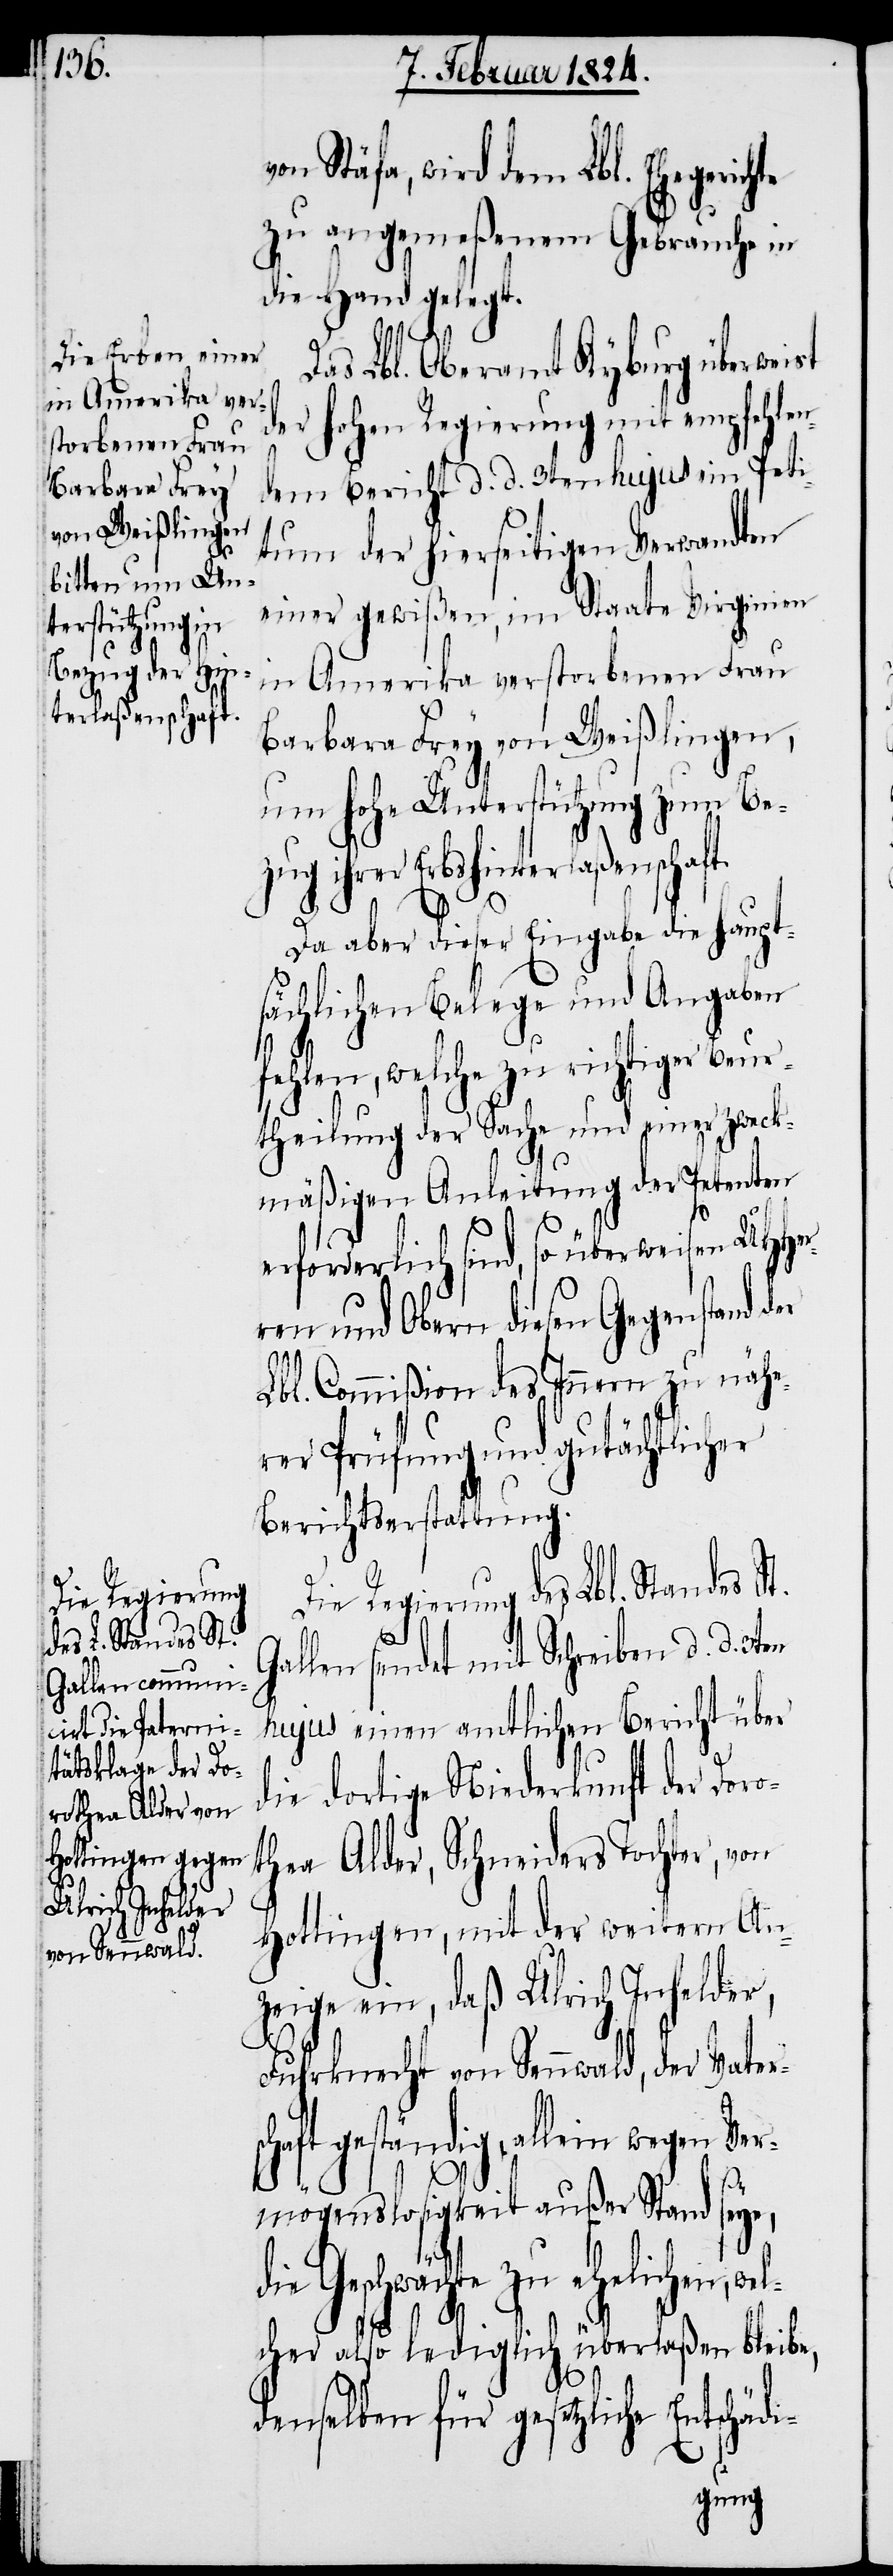
von Stäfa, wird dem Lbl. Ehegerichte
zu angemeßenem Gebrauche in
die Hand gelegt.
t.
Das Lbl. Oberamt Kyburg überweist
der hohen Regierung mit empfehlen¬
dem Bericht d. d. 3ten hujus ein Peti¬
tum der hierseitigen Verwandten
einer gewißen, im Staate Virginien
in Amerika verstorbenen Frau
Brbara Frey von Weißlingen,
um hohe Unterstützung zum Be¬
zug ihrer Erbshinterlaßenschaf¬
Da aber dieser Eingabe die haupt¬
sächlichen Belege und Angaben
fehlen, welche zu richtiger Beur¬
theilung der Sache und einer zweck¬
mäßigen Anleitung der Petenten
erforderlich sind, so überweisen UHHer¬
ren und Obern diesen Gegenstand der
Lbl. Commißion des Innern zu nähe¬
rer Prüfung und gutächtlicher
Berichtserstattung.
Die Regierung des Lbl. Standes St.
Gallen sendet mit Schreiben d. d. 3ten
hujus einen amtlichen Bericht über
die dortige Niederkunft der Doro¬
thea Alder, Schneiders Tochter, von
Hottingen, mit der weitern An¬
zeige ein, daß Ulrich Inhelder,
Fuhrknecht von Sennwald, der Vater¬
allein wegen Ver¬
mögenslosigkeit außer Stand seye
die Geschwächte zu ehelichen, we¬
lcher also lediglich überlaßen bleibe,
denselben für gesetzliche Entschäd¬
i-